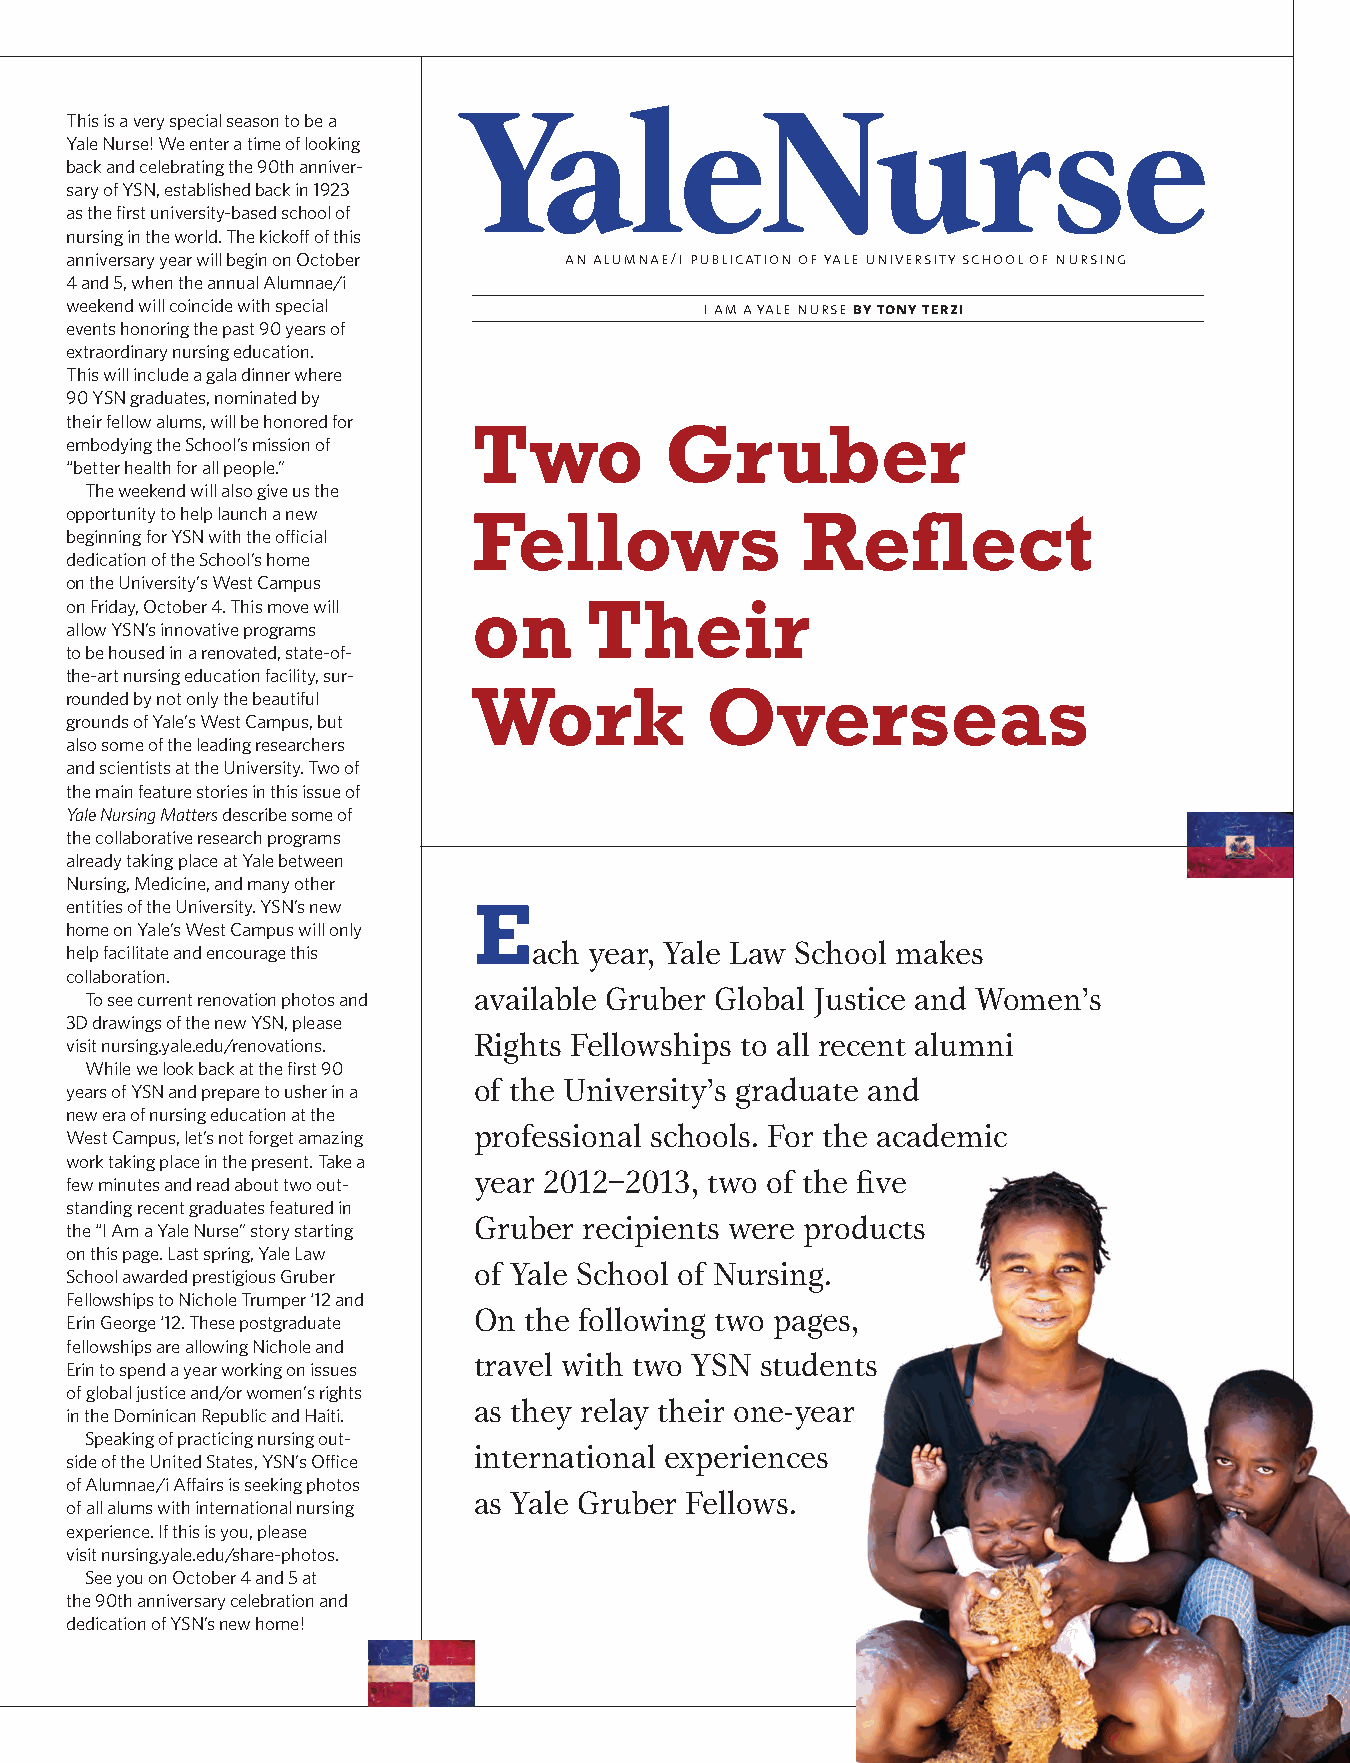
YaleNurse
 This is a very special season to be a
 Yale Nurse! We enter a time of looking
 back and celebrating the 90th anniver-
 sary of YSN, established back in 1923
 as the first university-based school of
 nursing in the world. The kickoff of this
 anniversary year will begin on October an alumnae/i publication of yale university school of nursing
 4 and 5, when the annual Alumnae/i
 weekend will coincide with special
 i am a yale nurse by tony terzi
 events honoring the past 90 years of
 extraordinary nursing education.
 This will include a gala dinner where
 90 YSN graduates, nominated by
 their fellow alums, will be honored for
 Two          Gruber
 embodying the School’s mission of
 “better health for all people.”
 The weekend will also give us the
 opportunity to help launch a new Fellows         Reflect
 beginning for YSN with the official
 dedication of the School’s home
 on the University’s West Campus
 on Friday, October 4. This move will on Their
 allow YSN’s innovative programs
 to be housed in a renovated, state-of-
 the-art nursing education facility, sur-
 rounded by not only the beautiful Work    Overseas
 grounds of Yale’s West Campus, but
 also some of the leading researchers
 and scientists at the University. Two of
 the main feature stories in this issue of
 Yale Nursing Matters describe some of
 the collaborative research programs
 already taking place at Yale between
 Nursing, Medicine, and many other
 entities of the University. YSN’s new E
 home on Yale’s West Campus will only
 help facilitate and encourage this ach year, Yale Law School makes
 collaboration.
 To see current renovation photos and available Gruber Global Justice and Women’s
 3D drawings of the new YSN, please
 Rights Fellowships to all recent alumni
 visit nursing.yale.edu/renovations.
 While we look back at the first 90
 of the University’s graduate and
 years of YSN and prepare to usher in a
 new era of nursing education at the
 professional schools. For the academic
 West Campus, let’s not forget amazing
 work taking place in the present. Take a
 year 2012–2013, two of the five
 few minutes and read about two out-
 standing recent graduates featured in
 Gruber recipients were products
 the “I Am a Yale Nurse” story starting
 on this page. Last spring, Yale Law
 of Yale School of Nursing.
 School awarded prestigious Gruber
 Fellowships to Nichole Trumper ‘12 and
 On the following two pages,
 Erin George ‘12. These postgraduate
 fellowships are allowing Nichole and
 travel with two YSN students
 Erin to spend a year working on issues
 of global justice and/or women’s rights
 as they relay their one-year
 in the Dominican Republic and Haiti.
 Speaking of practicing nursing out-
 international experiences
 side of the United States, YSN’s Office
 of Alumnae/i Affairs is seeking photos
 as Yale Gruber Fellows.
 of all alums with international nursing
 experience. If this is you, please
 visit nursing.yale.edu/share-photos.
 See you on October 4 and 5 at
 the 90th anniversary celebration and
 dedication of YSN’s new home!
 volume 13 number 2 YALE NURSING MATTERS 31
 137823_YNM Spring.indd 31                                                        5/1/13 11:34 AM